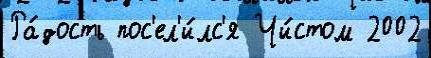
Ра́дость пос'ел'и́лс'я Чи́стом 2002